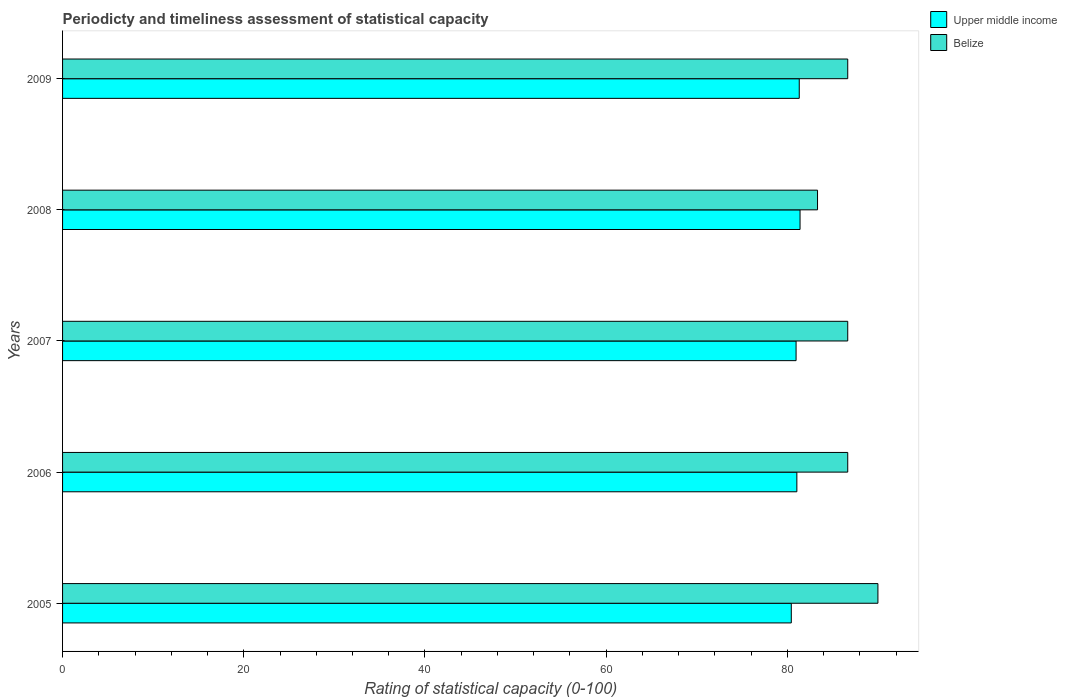
| Years | Upper middle income | Belize |
 | --- | --- | --- |
 | 2005 | 80.4 | 90 |
 | 2006 | 81.1 | 86.7 |
 | 2007 | 81 | 86.7 |
 | 2008 | 81.4 | 83.3 |
 | 2009 | 81.3 | 86.7 |